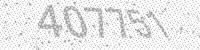
Solution: 407751